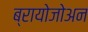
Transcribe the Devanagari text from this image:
ब्रायोजोअन